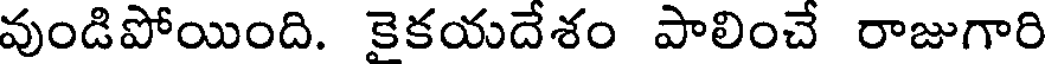
వుండిపోయింది. కైకయదేశం పాలించే రాజుగారి